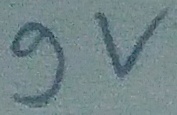
Text: 9v